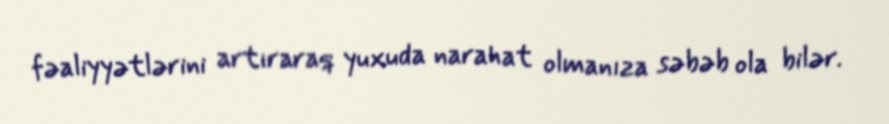
fəaliyyətlərini artıraraq yuxuda narahat olmanıza səbəb ola bilər.